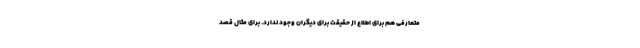
متعارفی هم برای اطلاع از حقیقت برای دیگران وجود ندارد. برای مثال قصد